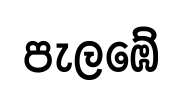
පැලඹේ